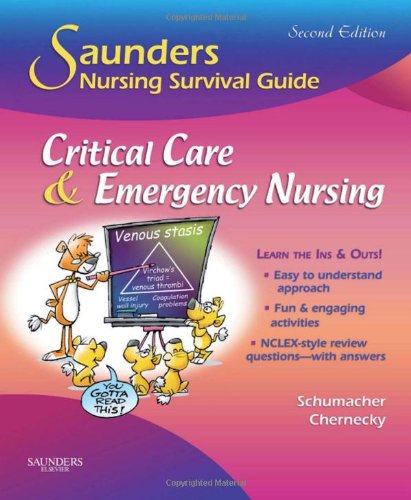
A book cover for Saunders Nursing Survival Guide: Critical Care & Emergency Nursing, 2e; Lori Schumacher RN  MS  CCRN; Medical Books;